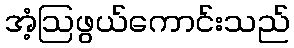
အံ့ဩဖွယ်ကောင်းသည်